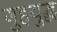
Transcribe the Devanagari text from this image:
गुहयुद्ध